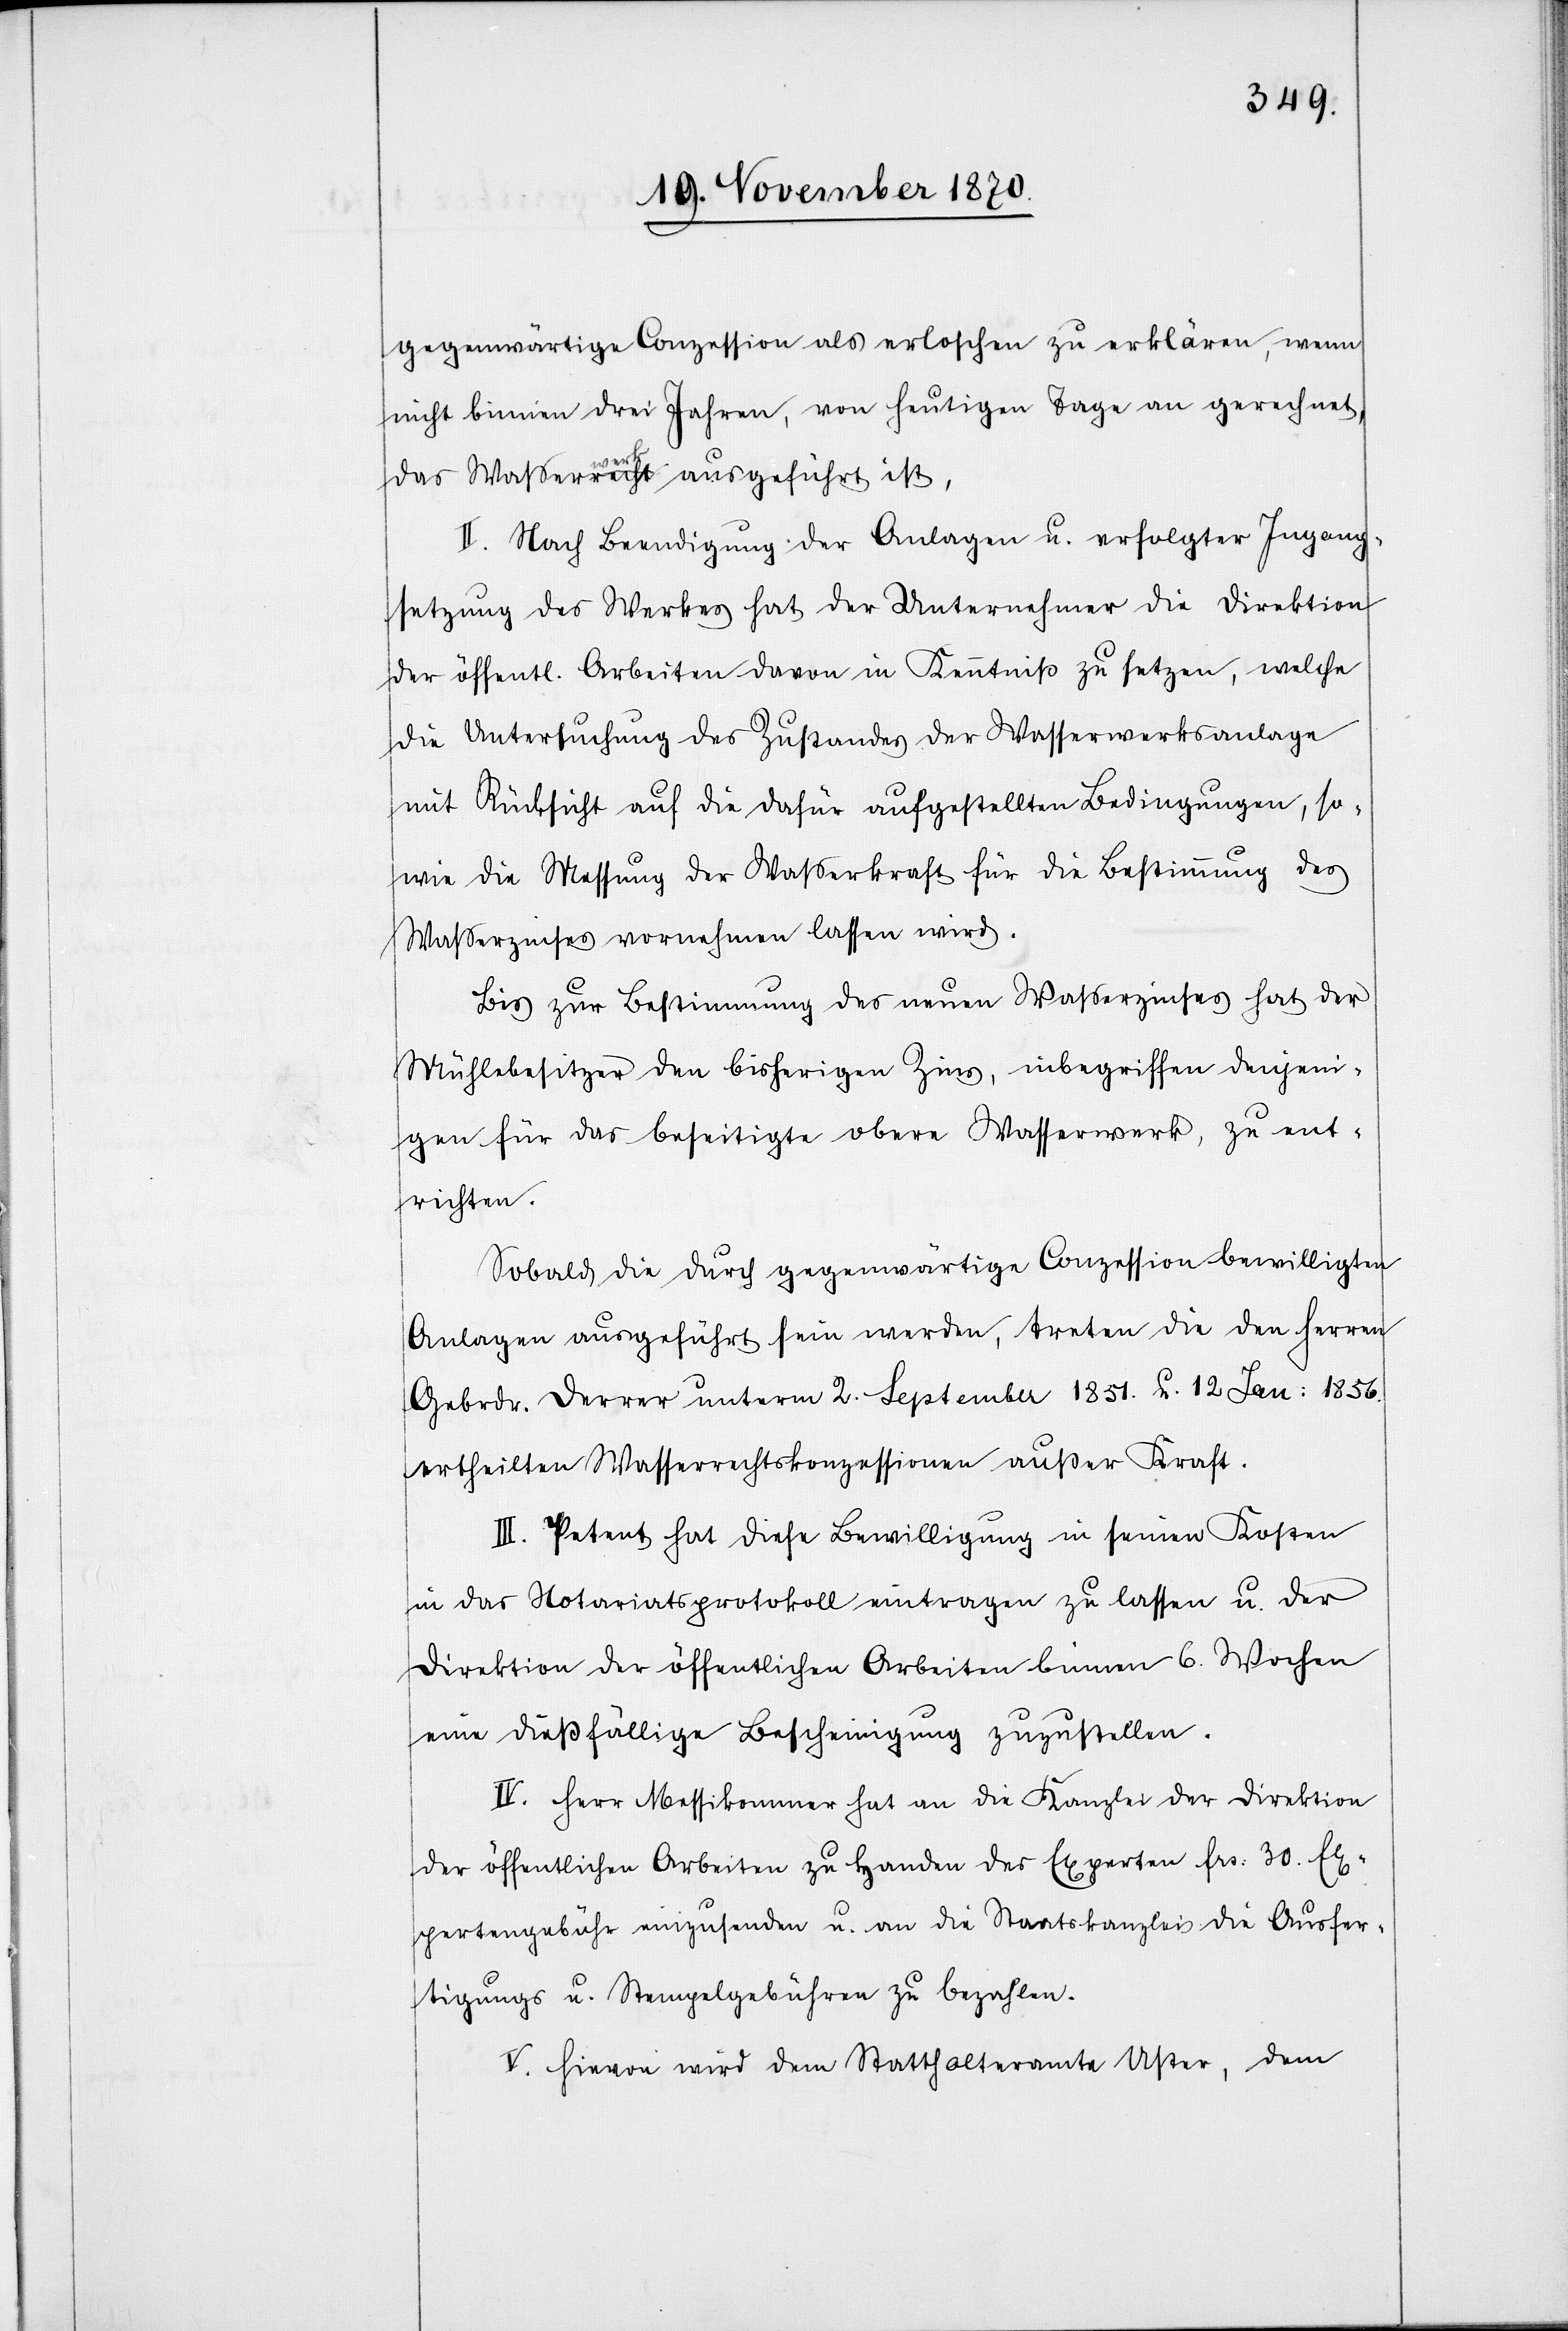
gegenwärtige Conzession als erloschen zu erklären, wenn
nicht binnen drei Jahren, von heutigen Tage an gerechnet,
das Waßerwerk ausgeführt ist.
II. Nach Beendigung der Anlagen u. erfolgter Ingang¬
setzung des Werkes hat der Unternehmer die Direktion
der öffentl. Arbeiten davon in Kenntniß zu setzen, welche
die Untersuchung des Zustandes des Wasserwerksanlage
mit Rücksicht auf die dafür aufgestellten Bedingungen, so¬
wie die Messung der Wasserkraft für die Bestimmung des
Waßerzinses vornehmen lassen wird.
Bis zur Bestimmung des neuen Waßerzinses hat der
Mühlebesitzer den bisherigen Zins, inbegriffen denjeni¬
gen für das beseitigte obere Wasserwerk, zu ent¬
richten.
Sobald die durch gegenwärtige Conzession bewilligten
Anlagen ausgeführt sein werden, treten die den Herren
Gebrdr. Derrer unterm 2. September 1851. u. 12 Jan: 1856.
ertheilten Wasserrechtskonzessionen außer Kraft.
III. Petent hat diese Bewilligung in seinen Kosten
in das Notariatsprotokoll eintragen zu lassen u. der
Direktion der öffentlichen Arbeiten binnen 6. Wochen
eine dießfällige Bescheinigung zuzustellen.
IV. Herr Messikommer hat an die Kanzlei der Direktion
der öffentlichen Arbeiten zu Handen des Experten Frs. 30 Ex¬
pertengebühr einzusenden u. an die Staatskanzlei die Ausfer¬
tigungs- u. Stempelgebühren zu bezahlen.
V. Hievon wird dem Statthalteramte Uster, dem